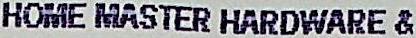
HOME MASTER HARDWARE &